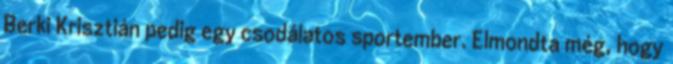
Berki Krisztián pedig egy csodálatos sportember. Elmondta még, hogy